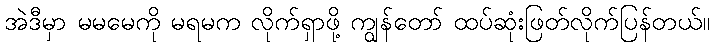
အဲဒီမှာ မမမေကို မရမက လိုက်ရှာဖို့ ကျွန်တော် ထပ်ဆုံးဖြတ်လိုက်ပြန်တယ်။